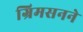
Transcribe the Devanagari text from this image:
ग्रिमसनने